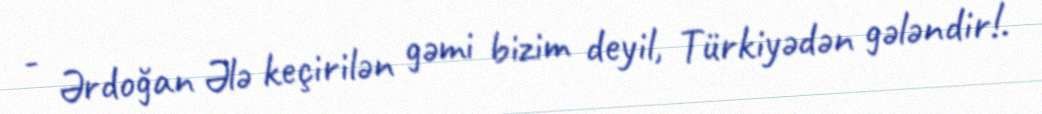
- Ərdoğan Ələ keçirilən gəmi bizim deyil, Türkiyədən gələndir!.